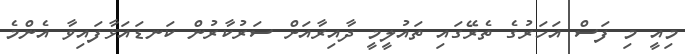
މިއީ މި ފަސް އަހަރުގެ ތެރޭގައި ތައުލީމީ ދާއިރާއަށް ސަރުކާރުން ކަނޑައަޅާފައިވާ އެންމެ